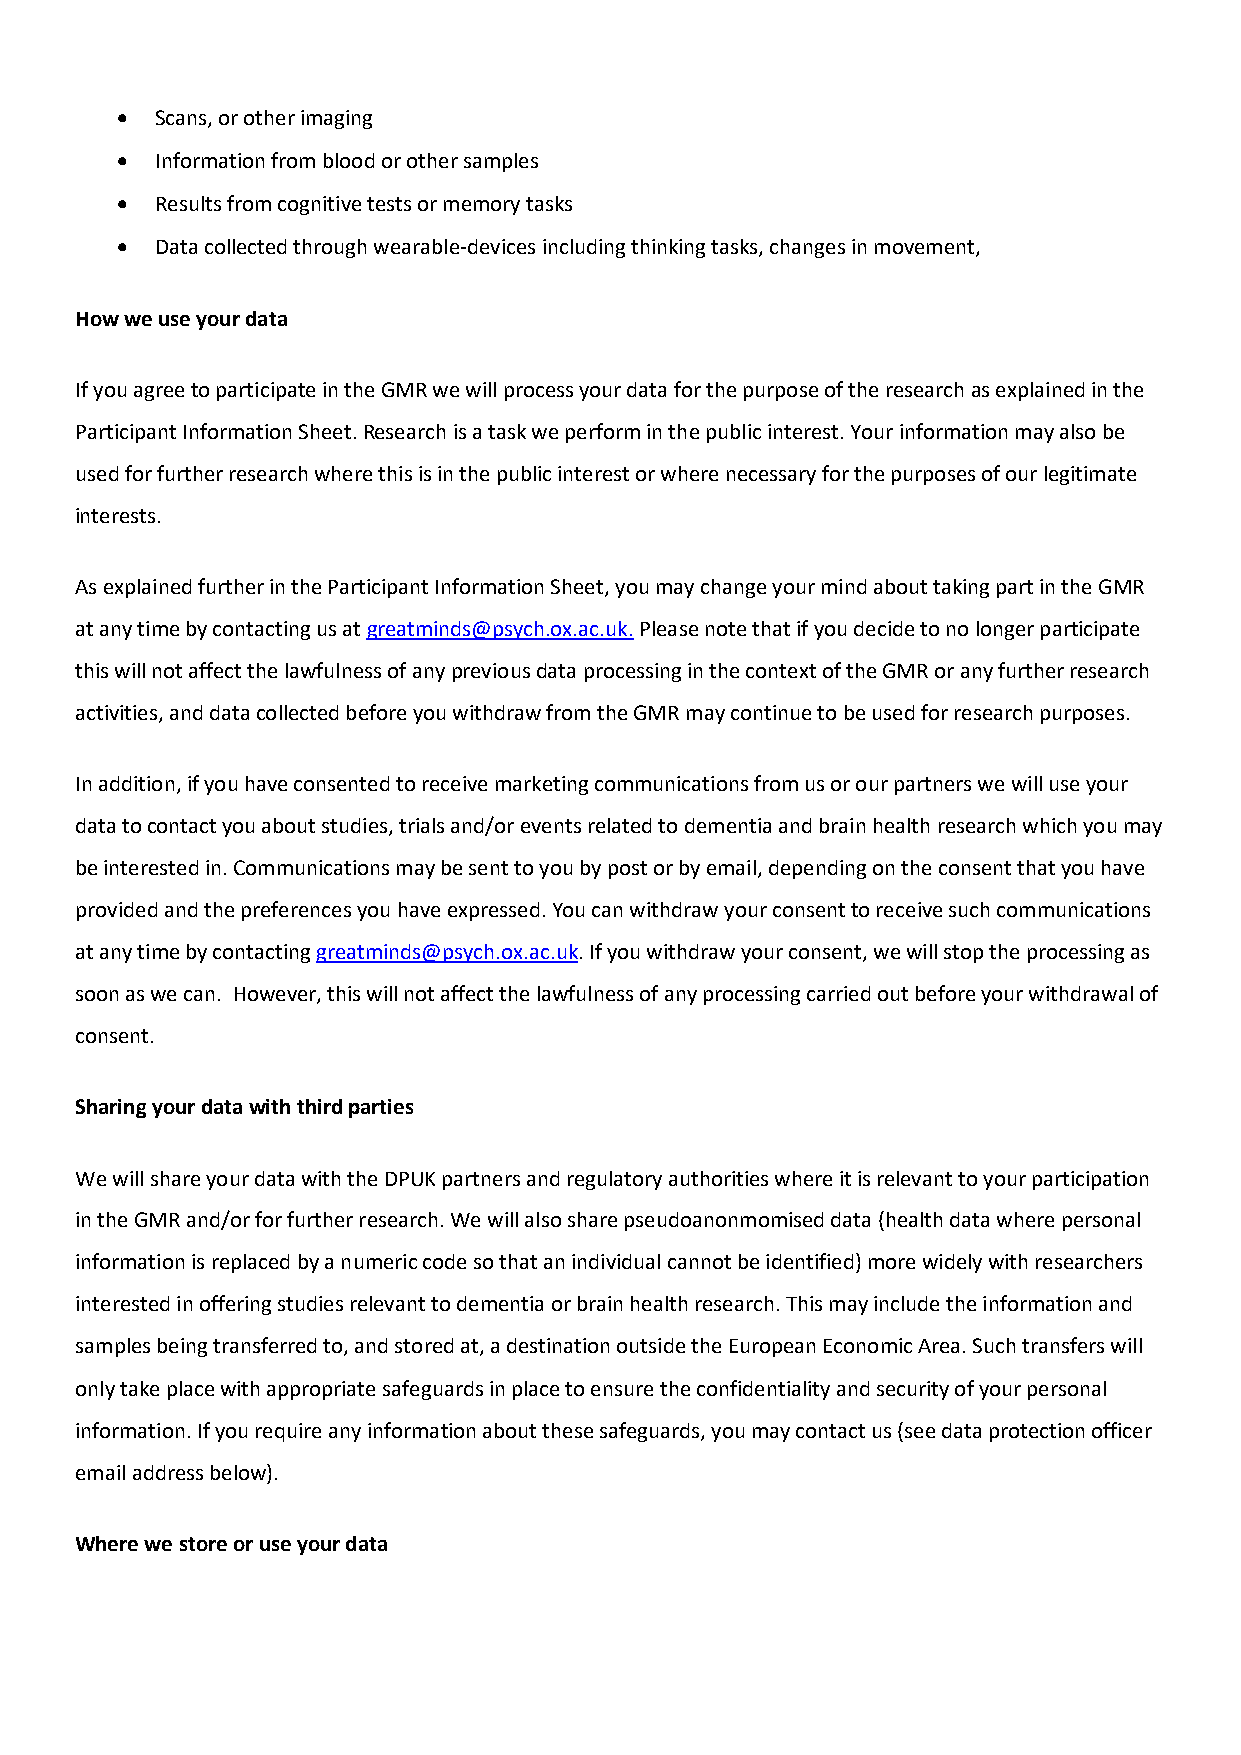
 Scans, or other imaging
  Information from blood or other samples
  Results from cognitive tests or memory tasks
  Data collected through wearable-devices including thinking tasks, changes in movement,
 How we use your data
 If you agree to participate in the GMR we will process your data for the purpose of the research as explained in the
 Participant Information Sheet. Research is a task we perform in the public interest. Your information may also be
 used for further research where this is in the public interest or where necessary for the purposes of our legitimate
 interests.
 As explained further in the Participant Information Sheet, you may change your mind about taking part in the GMR
 at any time by contacting us at greatminds@psych.ox.ac.uk. Please note that if you decide to no longer participate
 this will not affect the lawfulness of any previous data processing in the context of the GMR or any further research
 activities, and data collected before you withdraw from the GMR may continue to be used for research purposes.
 In addition, if you have consented to receive marketing communications from us or our partners we will use your
 data to contact you about studies, trials and/or events related to dementia and brain health research which you may
 be interested in. Communications may be sent to you by post or by email, depending on the consent that you have
 provided and the preferences you have expressed. You can withdraw your consent to receive such communications
 at any time by contacting greatminds@psych.ox.ac.uk. If you withdraw your consent, we will stop the processing as
 soon as we can. However, this will not affect the lawfulness of any processing carried out before your withdrawal of
 consent.
 Sharing your data with third parties
 We will share your data with the DPUK partners and regulatory authorities where it is relevant to your participation
 in the GMR and/or for further research. We will also share pseudoanonmomised data (health data where personal
 information is replaced by a numeric code so that an individual cannot be identified) more widely with researchers
 interested in offering studies relevant to dementia or brain health research. This may include the information and
 samples being transferred to, and stored at, a destination outside the European Economic Area. Such transfers will
 only take place with appropriate safeguards in place to ensure the confidentiality and security of your personal
 information. If you require any information about these safeguards, you may contact us (see data protection officer
 email address below).
 Where we store or use your data